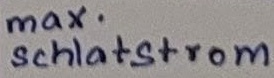
Text: max. Schaltstrom